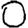
Digit: 0